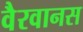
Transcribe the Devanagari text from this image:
वैरवानस